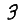
Digit: 3